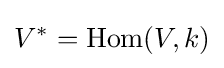
V^{*}=\operatorname {Hom} (V,k)